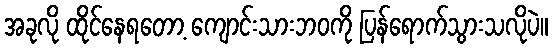
အခုလို ထိုင်နေရတော့ ကျောင်းသားဘဝကို ပြန်ရောက်သွားသလိုပဲ။